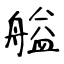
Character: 艗